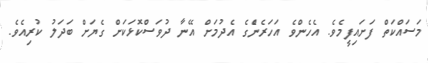
މަސައްކަތް ފަށައިފީމެވެ. އެހެންވެ އަހަރެނެްގެ އެދުމަށް އޭނާ ދުވަސްކޮޅަކަށް ގެޔަށް ބަދަލު ކުރިއެވެ.